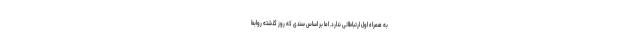
به همراه اول ارتباطاتی ندارد. اما بر اساس سندی که روز گذشته روابط